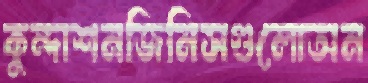
কুন্দাশনজিনিসগুলোঅন